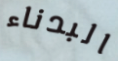
البدناء